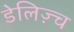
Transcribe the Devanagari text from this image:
डेलिज़्च